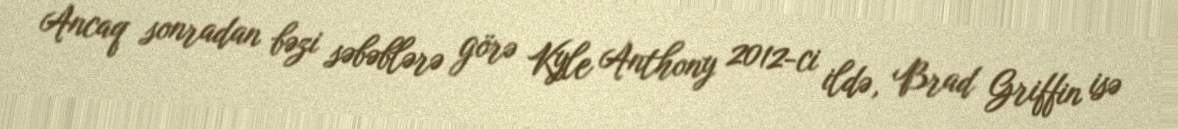
Ancaq sonradan bəzi səbəblərə görə Kyle Anthony 2012-ci ildə, Brad Griffin isə